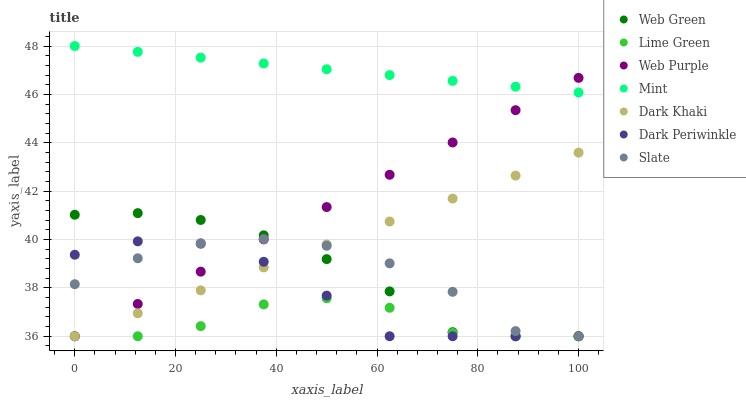
| xaxis_label | Web Green | Lime Green | Web Purple | Mint | Dark Khaki | Dark Periwinkle | Slate |
 | --- | --- | --- | --- | --- | --- | --- | --- |
 | 0 | 41 | 36 | 36 | 48 | 36 | 39.4 | 38.2 |
 | 12.5 | 41.1 | 36 | 37.3 | 47.8 | 36.9 | 39.9 | 39.2 |
 | 25 | 40.8 | 36.4 | 38.7 | 47.5 | 37.9 | 39.8 | 39.8 |
 | 37.5 | 40.2 | 37.3 | 40 | 47.3 | 38.8 | 39.1 | 40 |
 | 50 | 39.2 | 37.6 | 41.3 | 47 | 39.8 | 37.7 | 39.7 |
 | 62.5 | 37.9 | 37.2 | 42.7 | 46.8 | 40.7 | 36 | 39 |
 | 75 | 36.2 | 36.1 | 44 | 46.6 | 41.7 | 36 | 37.8 |
 | 87.5 | 36 | 36 | 45.3 | 46.3 | 42.6 | 36 | 36.2 |
 | 100 | 36 | 36 | 46.7 | 46.1 | 43.6 | 36 | 36 |